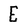
Character: E